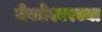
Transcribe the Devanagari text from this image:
येवतेश्वरच्या